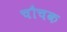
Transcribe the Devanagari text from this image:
चौचक